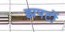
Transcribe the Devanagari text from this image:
झपटों